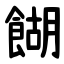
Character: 餬